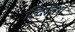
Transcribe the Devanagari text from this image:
व्दितिथ